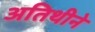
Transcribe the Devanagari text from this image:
अतिथीने